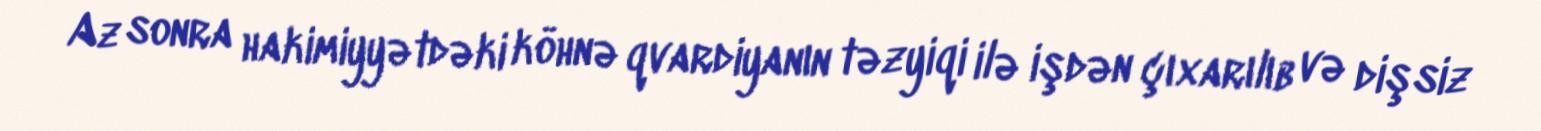
Az sonra hakimiyyətdəki köhnə qvardiyanın təzyiqi ilə işdən çıxarılıb və dişsiz